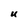
Character: U